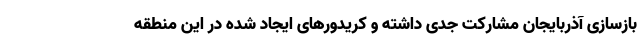
بازسازی آذربایجان مشارکت جدی داشته و کریدورهای ایجاد شده در این منطقه